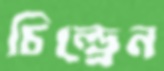
চিল্ড্রেন